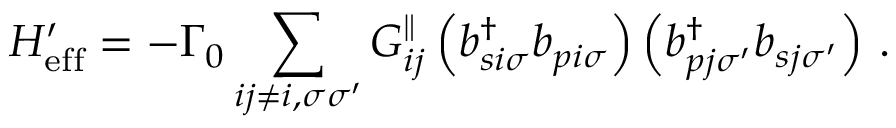
H _ { \mathrm { e f f } } ^ { \prime } = - \Gamma _ { 0 } \sum _ { i j \neq i , \sigma \sigma ^ { \prime } } G _ { i j } ^ { \parallel } \left( b _ { s i \sigma } ^ { \dagger } b _ { p i \sigma } \right) \left( b _ { p j \sigma ^ { \prime } } ^ { \dagger } b _ { s j \sigma ^ { \prime } } \right) \, .